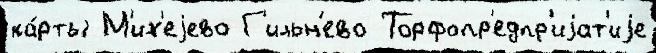
ка́рты М'их'еjево Г'ильн'ево Торфопр'едпр'иjат'иjе